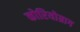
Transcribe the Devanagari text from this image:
कोरियोग्राग